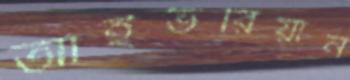
আইভরিয়ান